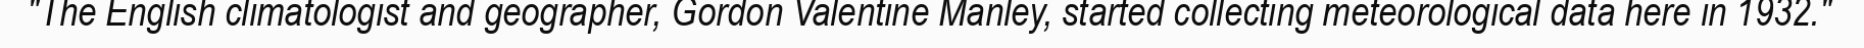
"The English climatologist and geographer, Gordon Valentine Manley, started collecting meteorological data here in 1932."